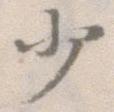
少